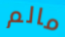
مالم